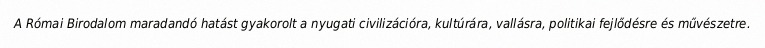
A Római Birodalom maradandó hatást gyakorolt a nyugati civilizációra, kultúrára, vallásra, politikai fejlődésre és művészetre.